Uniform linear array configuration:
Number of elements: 8
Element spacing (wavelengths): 0.75
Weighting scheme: cosine
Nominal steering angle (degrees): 15
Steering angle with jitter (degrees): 14.285
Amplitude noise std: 0.05
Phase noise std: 0.05

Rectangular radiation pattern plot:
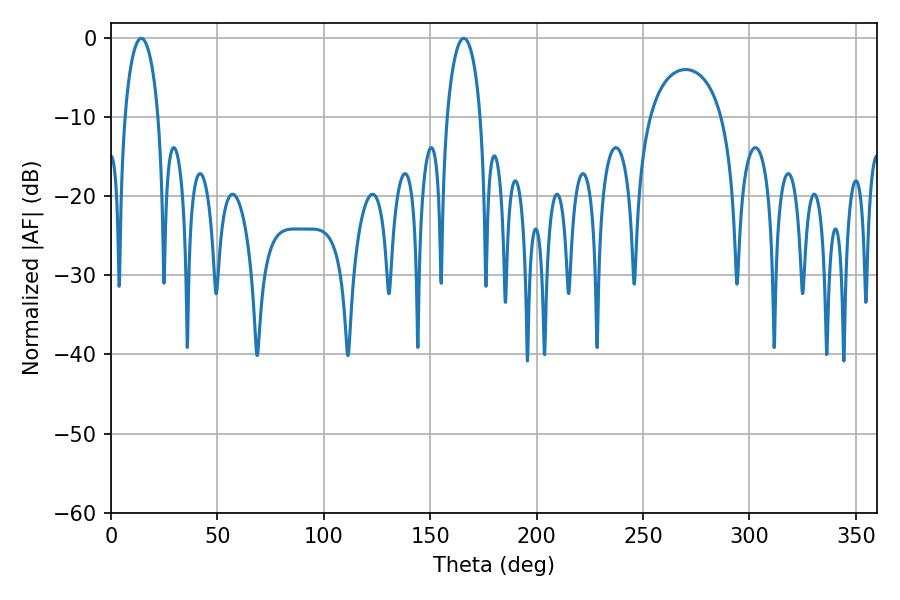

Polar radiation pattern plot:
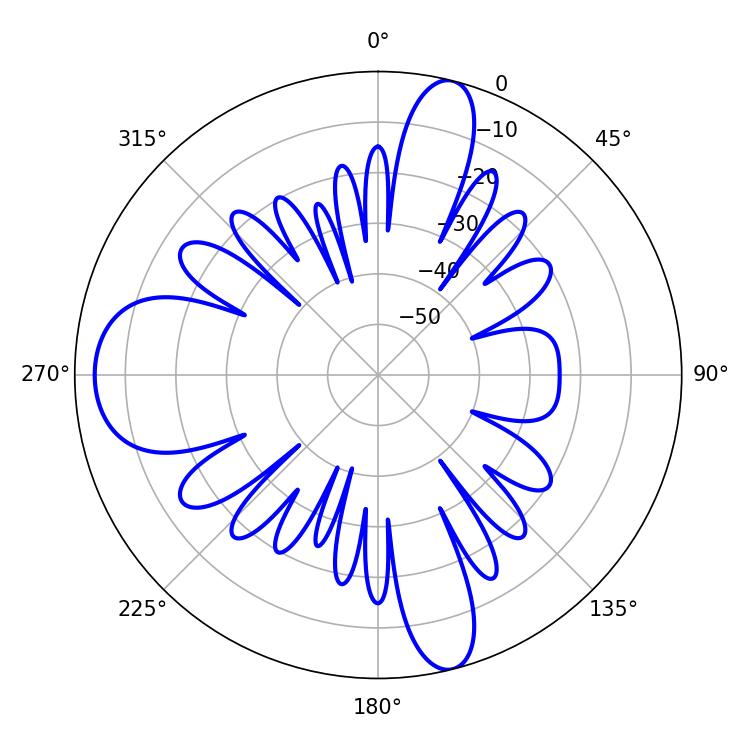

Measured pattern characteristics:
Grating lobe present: TRUE
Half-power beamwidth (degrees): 9
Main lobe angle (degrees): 14.22